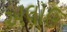
અલાઉ